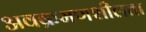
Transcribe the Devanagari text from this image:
अवक्रमणशीलता